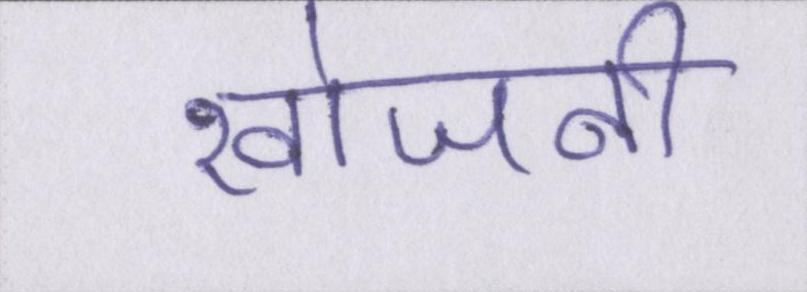
खोजनी